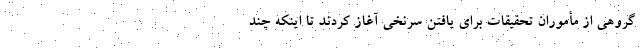
گروهی از مأموران تحقیقات برای یافتن سرنخی آغاز کردند تا اینکه چند